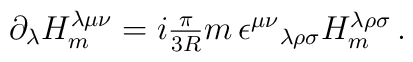
\partial_{\lambda}H_{m}^{\lambda\mu\nu}=i\textstyle{\frac{\pi}{3R}}m\,\epsilon^{\mu\nu}{}_{\lambda\rho\sigma}H_{m}^{\lambda\rho\sigma}\,.